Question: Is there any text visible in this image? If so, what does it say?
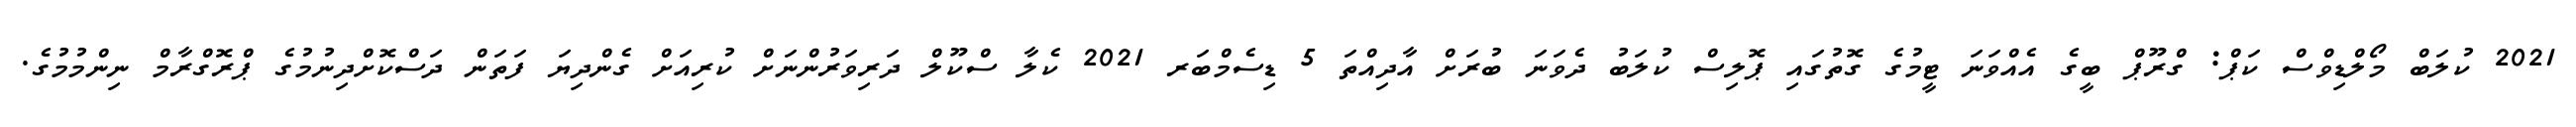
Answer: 2021 ކުލަބް މޯލްޑިވްސް ކަޕް: ގްރޫޕް ބީގެ އެއްވަނަ ޓީމުގެ ގޮތުގައި ޕޮލިސް ކުލަބު ދެވަނަ ބުރަށް އާދިއްތަ 5 ޑިސެމްބަރ 2021 ކެލާ ސްކޫލް ދަރިވަރުންނަށް ކުރިއަށް ގެންދިޔަ ފަތަން ދަސްކޮށްދިނުމުގެ ޕްރޮގްރާމް ނިންމުމުގެ.